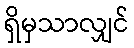
ရှိမှသာလျှင်